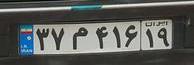
۳۷م۴۱۶۱۹